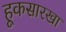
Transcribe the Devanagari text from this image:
हूकसारखा